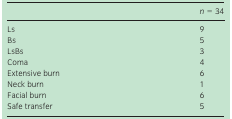
<table><thead><tr><td>[EMPTY_CELL]</td><td><b><i>n</i> = 34</b></td></tr></thead><tbody><tr><td>Ls</td><td>9</td></tr><tr><td>Bs</td><td>5</td></tr><tr><td>LsBs</td><td>3</td></tr><tr><td>Coma</td><td>4</td></tr><tr><td>Extensive burn</td><td>6</td></tr><tr><td>Neck burn</td><td>1</td></tr><tr><td>Facial burn</td><td>6</td></tr><tr><td>Safe transfer</td><td>5</td></tr></tbody></table>